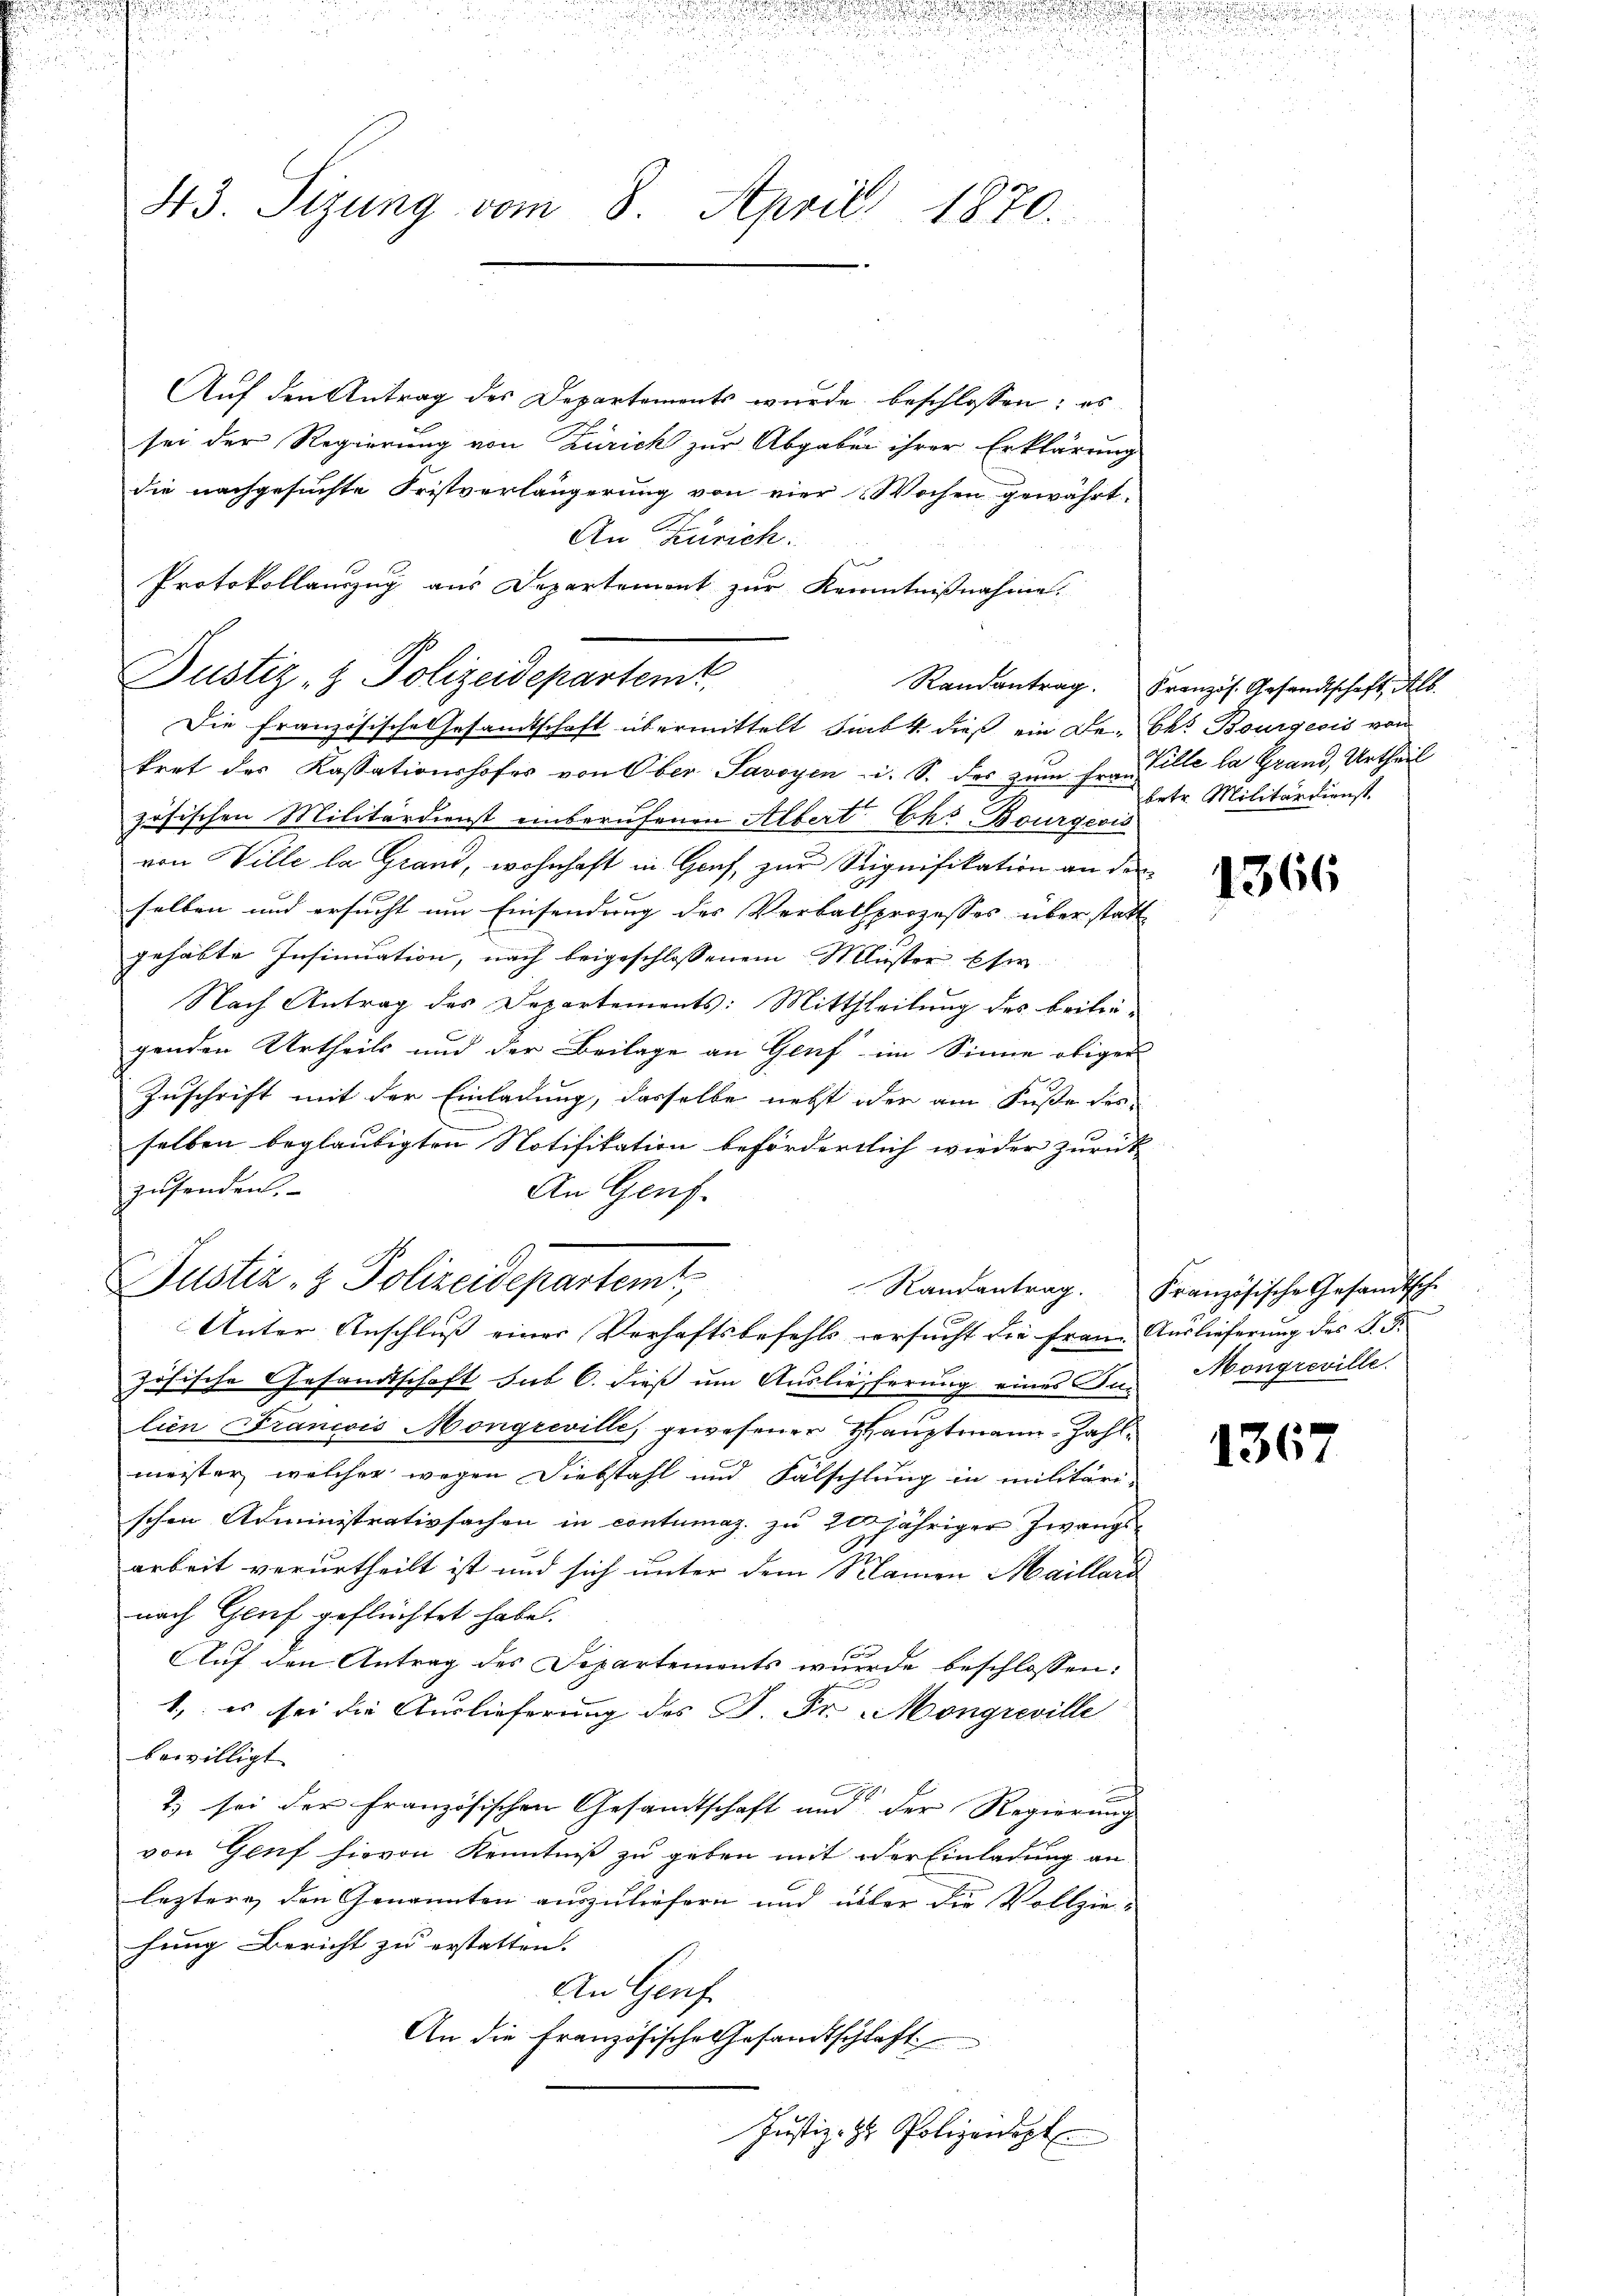
43. Sizung vom 8. April 1870.

Justiz- & Polizeidepartemt

Die französische Gesandtschaft übermittelt siebt dieß ein De- Ok. Bourgeois von

.

n
x

Auf den Antrag des Departements wurde beschlossen: es
sei der Regierung von Zürich zur Abgaben ihrer Erklärung
die nachgesuchte Fristverlängerung von vier Wochen gewährt.
An Zürich.
Protokollauszug aus Departement zur Kenntnißnahme.
kret der Kassationshofes von Ober Savoyen i. S. des zum Frau Zille la Grand, Urtheil
zösischen Militärdienst einberufenen Albert Ehs. Bourgern
von Wille la Grand, wohnhaft in Genf, zur Signifikation an den
selben und ersucht um Einsendung des Verbalprozesses überstatt
gehabte Insinuation, nach beigeschlossenem Muster Ese
Nach Antrag des Departements: Mittheilung des Beitregenden Urtheils und der Beilage an Genf im Sinne obiger
Zuschrift mit der Einladung, dasselbe nebst oder am Fuße des
selben beglaubigten Notifikation befördertlich wieder zurück
zusenden.
An Genf.
Justiz- & Polizeidepartem
Randantrag.
Unter Anschluss einer Verhaftsbefehls versucht die Frau Auslieferung des d. d.
zösische Gesandtschaft sub 6. dieß um Auslieferung eines In-
lien Francis Mongreville, gewesener Hauptmann - Zahlmeister, welcher wegen Diebstahl und Fälschlung in militäri-
schen Administrativsachen in contumaz. zu 20 jähriger Zwangs¬
7
arbeit verurtheilt ist und sich unter dem Namen Maillard
nach Genf geflüchtet habe.
Auf den Antrag des Departements wurde beschlossen:
1, es sei die Auslieferung des G. Fr. Mongreville
bewilligt
2) sei der französischen Gesandtschaft und der Regierung
von Genf hievon Kenntniß zu geben mit der Einladung an
leztere, den Genannten auszuliefern und über die Vollzie-
hung Bericht zu erstatten.
An Genf
An die Französische Gesandtschlaft
Justiz- & Polizenopt

Randantrag. Französ. Gesandtschaft, als
betr. Militärdienst.

1366

Französische Gesandtsche
Mongreville.

1367